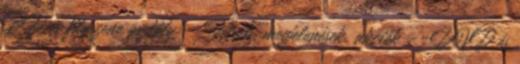
BD és filmzene osztály --Hírek, megjelenések, akciók --DVD és